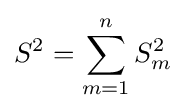
S^{2}=\sum _{m=1}^{n}S_{m}^{2}